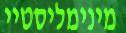
מינימליסטיי